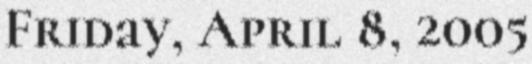
Friday, April 8, 2005